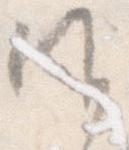
候